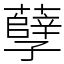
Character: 孽